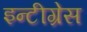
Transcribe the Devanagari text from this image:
इन्टीग्रेस